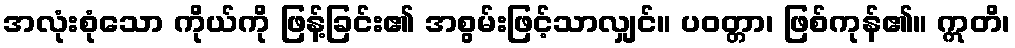
အလုံးစုံသော ကိုယ်ကို ဖြန့်ခြင်း၏ အစွမ်းဖြင့်သာလျှင်။ ပဝတ္တာ၊ ဖြစ်ကုန်၏။ ဣတိ၊